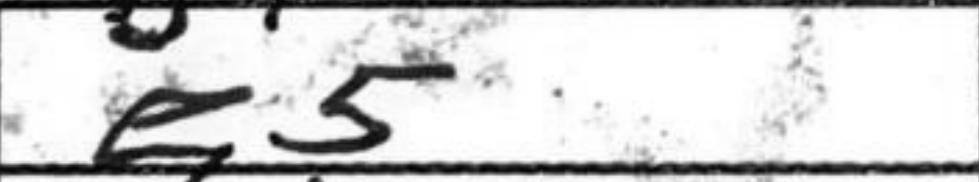
Transcription: e5